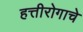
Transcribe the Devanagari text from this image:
हत्तीरोगाचे